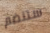
ستنضم